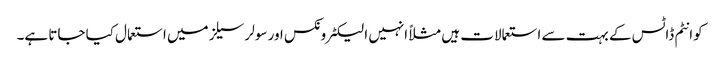
کوانٹم ڈاٹس کے بہت سے استعمالات ہیں مثلاً انہیں الیکٹرونکس اور سولر سیلز میں استعمال کیا جاتا ہے۔